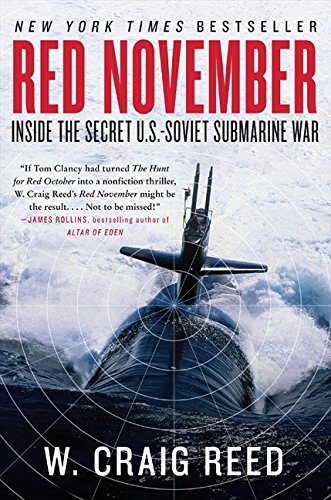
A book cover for Red November: Inside the Secret U.S.-Soviet Submarine War; W. Craig Reed; History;